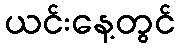
ယင်းနေ့တွင်